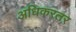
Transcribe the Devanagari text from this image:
अधिकरतर